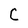
Character: C